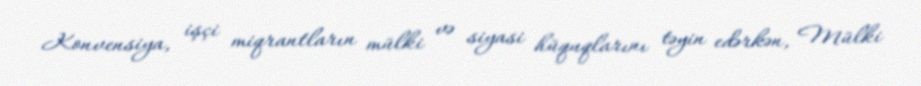
Konvensiya, işçi miqrantların mülki və siyasi hüquqlarını təyin edərkən, Mülki